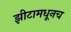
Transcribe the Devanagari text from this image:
झीटामधूनच